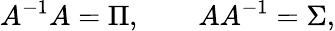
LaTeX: A^{-1}A=\Pi,\qquad AA^{-1}=\Sigma,